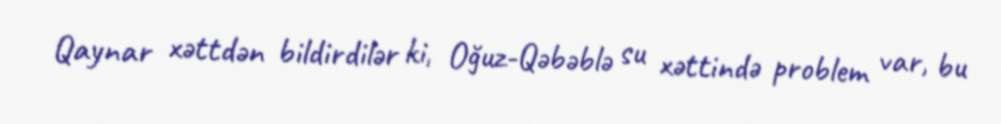
Qaynar xəttdən bildirdilər ki, Oğuz-Qəbəblə su xəttində problem var, bu